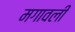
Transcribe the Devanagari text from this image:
मगावली